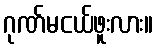
ဂုဏ်မငယ်ဖူးလား။